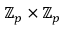
\mathbb { Z } _ { p } \times \mathbb { Z } _ { p }